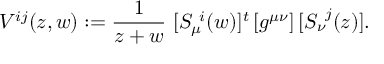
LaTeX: V ^ { i j } ( z , w ) : = { \frac { 1 } { z + w } } \ [ S _ { \mu } ^ { \ i } ( w ) ] ^ { t } \, [ g ^ { \mu \nu } ] \, [ S _ { \nu } ^ { \ j } ( z ) ] .